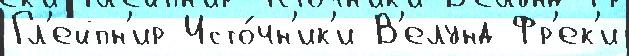
Гл'ейпн'ир Исто́чн'ик'и В'елунд Фр'ек'и